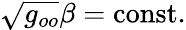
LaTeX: \sqrt{g_{oo}}\beta=\mathrm{const}.